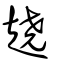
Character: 趬